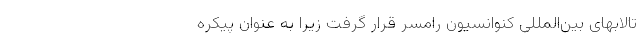
تالابهای بین‌المللی کنوانسیون رامسر قرار گرفت زیرا به عنوان پیکره